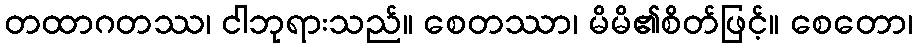
တထာဂတဿ၊ ငါဘုရားသည်။ စေတဿာ၊ မိမိ၏စိတ်ဖြင့်။ စေတော၊